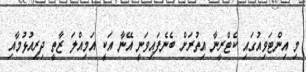
މި އިންޓަވިއުގައި ކެޓްރީނާ އިތުރަށް ބެނެފައިވަނީ އޭނާ އަކީ އަމިއްލަ ޒާތީ ދިރިއުޅުމާއި